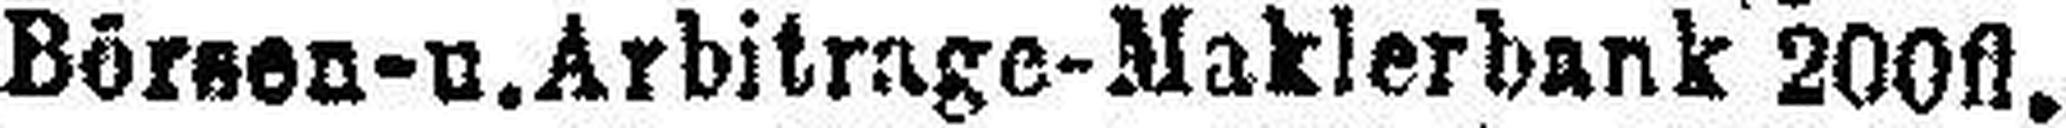
Börsen- u. Arbitrage-Maklerbank 200fl.